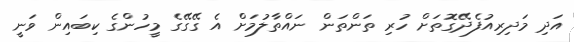
އަދި މަދިރިއުފެދޭގޮތަށް ހުރި ތަންތަން ނައްތާލުމަށް އެ ގޭގޭގެ މީހުންގެ ކިބައިން ވަނީ